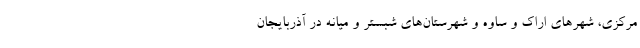
مرکزی، شهرهای اراک و ساوه و شهرستان‌های شبستر و میانه در آذربایجان